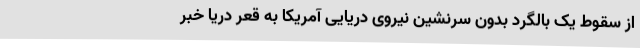
از سقوط یک بالگرد بدون سرنشین نیروی دریایی آمریکا به قعر دریا خبر